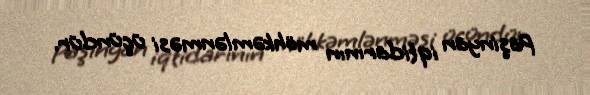
Paşinyan iqtidarının möhkəmlənməsi üçündür.